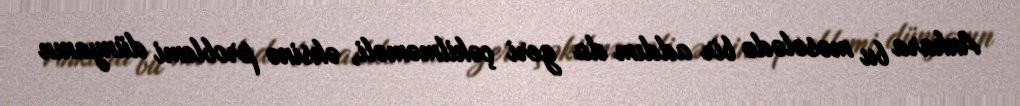
Ankara bu məsələdə bir addım da geri çəkilməməli, əksinə problemi dünyanın